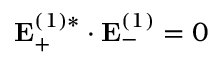
\mathbf { E } _ { + } ^ { ( 1 ) * } \cdot \mathbf { E } _ { - } ^ { ( 1 ) } = 0